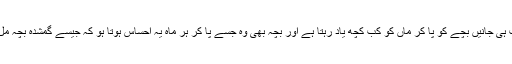
‘‘ آپ ہی جانیں بچے کو پا کر ماں کو کب کچھ یاد رہتا ہے اور بچہ بھی وہ جسے پا کر ہر ماہ یہ احساس ہوتا ہو کہ جیسے گمشدہ بچہ مل گیا۔